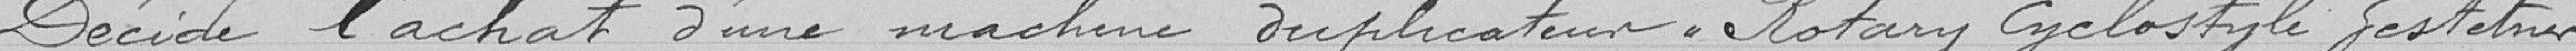
Décide l'achat d'une machine duplicateur Rotary cyclostyle Gestetner